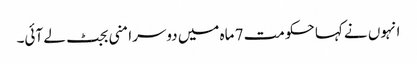
انہوں نے کہا حکومت 7 ماہ میں دوسرا منی بجٹ لے آئی۔